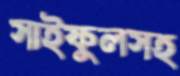
সাইফুলসহ